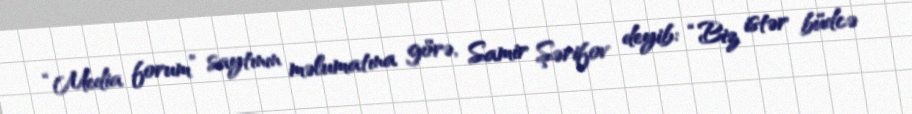
“Media forum” saytının məlumatına görə, Samir Şərifov deyib: “Biz istər büdcə